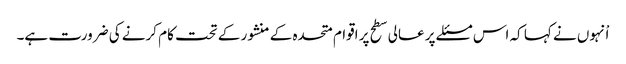
اْنہوں نے کہا کہ اس مسئلے پر عالی سطح پر اقوام متحدہ کے منشور کے تحت کام کرنے کی ضرورت ہے۔